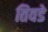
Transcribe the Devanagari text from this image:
तिवडे